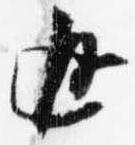
返